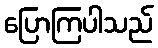
ပြောကြပါသည်